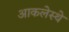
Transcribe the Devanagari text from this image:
आकलेस्थे